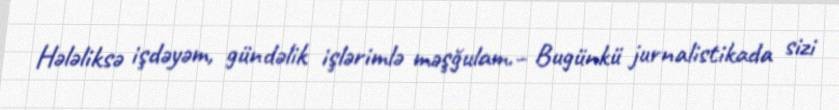
Hələliksə işdəyəm, gündəlik işlərimlə məşğulam.– Bugünkü jurnalistikada sizi